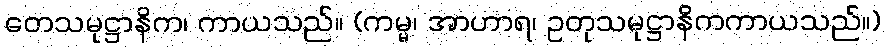
တေသမုဋ္ဌာနိက၊ ကာယသည်။ (ကမ္မ၊ အာဟာရ၊ ဥတုသမုဋ္ဌာနိကကာယသည်။)